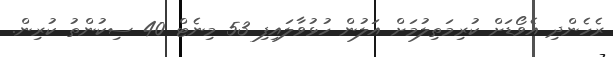
ރެހެންދި އެވޯޑަށް ކުރިމަތިލުމަށް އަލުން ހުޅުވާލައިފި 53 މިނެޓް 40 ސިކުންތު ކުރިން.